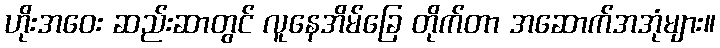
ဟိုးအဝေး ဆည်းဆာတွင် လူနေအိမ်ခြေ တိုက်တာ အဆောက်အအုံများ။